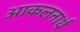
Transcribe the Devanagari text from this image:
आकलनार्थ